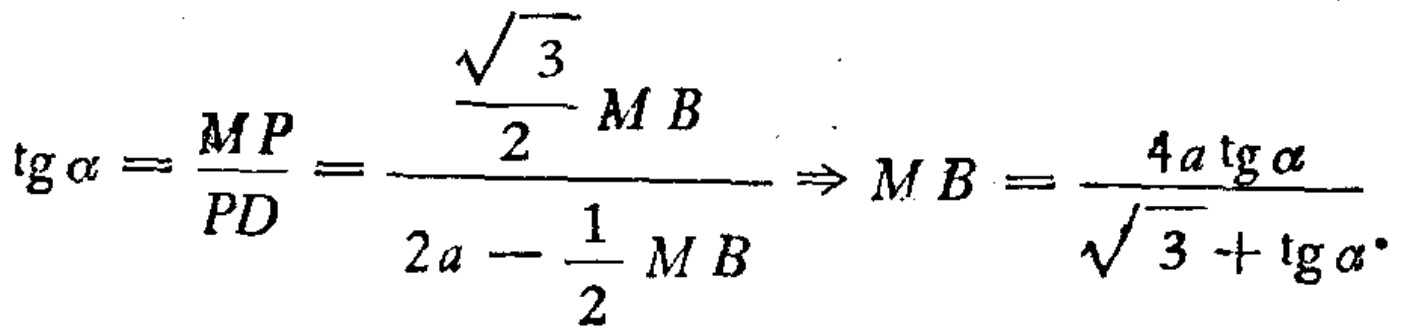
\(\operatorname{tg}\alpha=\frac{MP}{PD}=\frac{\frac{\sqrt{3}}{2}MB}{2a - \frac{1}{2}MB}\Rightarrow MB=\frac{4a\operatorname{tg}\alpha}{\sqrt{3}+\operatorname{tg}\alpha}\)